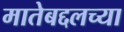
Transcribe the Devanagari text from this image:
मातेबद्दलच्या